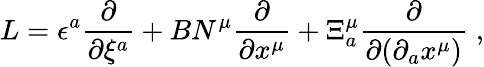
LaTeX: L=\epsilon^{a}\frac{\partial}{\partial\xi^{a}}+BN^{\mu}\frac{\partial}{\partial x^{\mu}}+\Xi_{a}^{\mu}\frac{\partial}{\partial(\partial_{a}x^{\mu})}\; ,